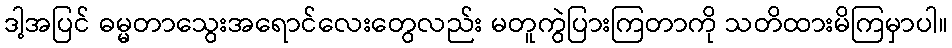
ဒါ့အပြင် ဓမ္မတာသွေးအရောင်လေးတွေလည်း မတူကွဲပြားကြတာကို သတိထားမိကြမှာပါ။